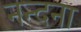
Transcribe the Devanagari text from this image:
नन्दना